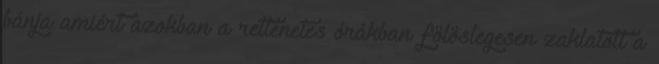
bánja amiért azokban a rettenetes órákban fölöslegesen zaklatott a